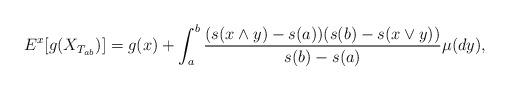
LaTeX: \begin{align*}E^x[g(X_{T_{ab}})]=g(x)+ \int_{a}^b \frac{(s(x\wedge y)-s(a))(s(b)-s(x\vee y))}{s(b)-s(a)}\mu(dy),\end{align*}